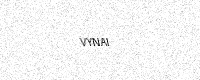
Text: VYNAI